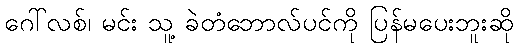
ဂေါ်လစ်၊ မင်း သူ့ ခဲတံဘောလ်ပင်ကို ပြန်မပေးဘူးဆို